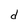
Character: d